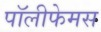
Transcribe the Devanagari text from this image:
पॉलीफेमस